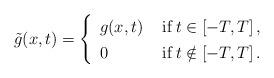
LaTeX: \begin{align*}\renewcommand{\arraystretch}{1.3}\tilde{g}(x,t) = \left\{ \begin{array}{ll}g(x,t) & ~{\mathrm{if}} \, t \in [-T,T] \, , \\0 & ~{\mathrm{if}} \, t \notin [-T,T] \, .\end{array} \right.\end{align*}